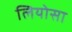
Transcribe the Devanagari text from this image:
लियोसा